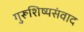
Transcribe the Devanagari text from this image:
गुरूशिष्यसंवाद